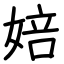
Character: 婄